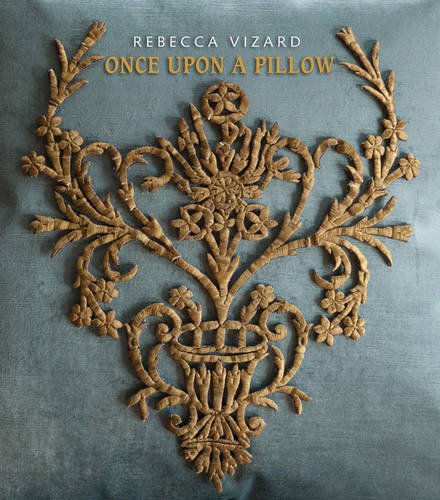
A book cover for Once Upon a Pillow; Rebecca Vizard; Crafts, Hobbies & Home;